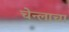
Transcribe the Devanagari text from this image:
चेन्लाचा